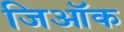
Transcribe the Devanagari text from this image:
जिऑक